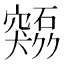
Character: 𫁜